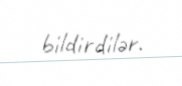
bildirdilər.